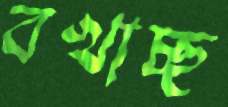
বখাচ্ছ